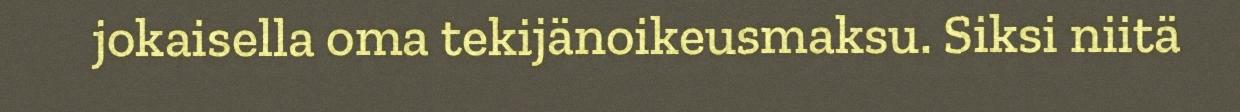
jokaisella oma tekijänoikeusmaksu. Siksi niitä